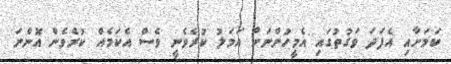
ކަމަށާއި އެފަދަ ވަގުތުގައި އެމީހުންނަށް އަމަލު ކުރެވެނީ ވެސް އެކަމެއް ކުރެވެން އޮންނަ